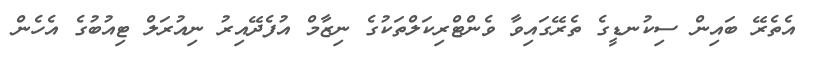
އެތެރޭ ބައިން ސިކުނޑީގެ ތެރޭގައިވާ ވެންޓްރިކަލްތަކުގެ ނިޒާމް އުފެދޭއިރު ނިއުރަލް ޓިއުބުގެ އެހެން